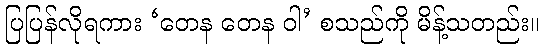
ပြပြန်လိုရကား ‘တေန တေန ဝါ’ စသည်ကို မိန့်သတည်း။